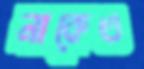
নাকেও